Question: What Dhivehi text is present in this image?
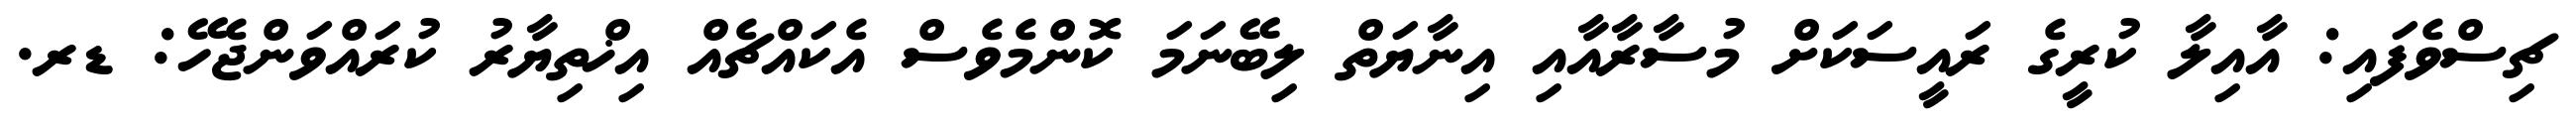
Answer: ޗިސްވެފައި: އާއިލާ ކުރީގެ ރައީސަކަށް މުސާރާއާއި އިނާޔަތް ލިބޭނަމަ ކޮންމެވެސް އެކައްޗެއް އިޚްތިޔާރު ކުރައްވަންޖެހޭ: ޑރ.